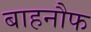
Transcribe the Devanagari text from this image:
बाहनौफ